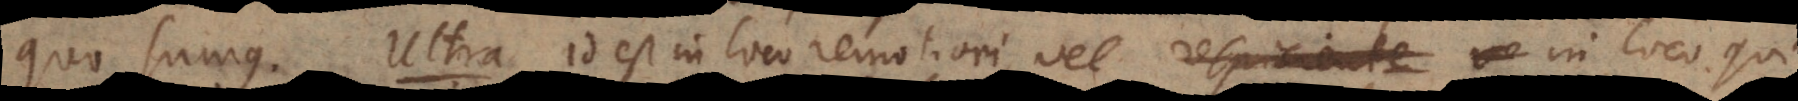
quo sumus. Ultra id est in loco remotiori, vel in loco qui